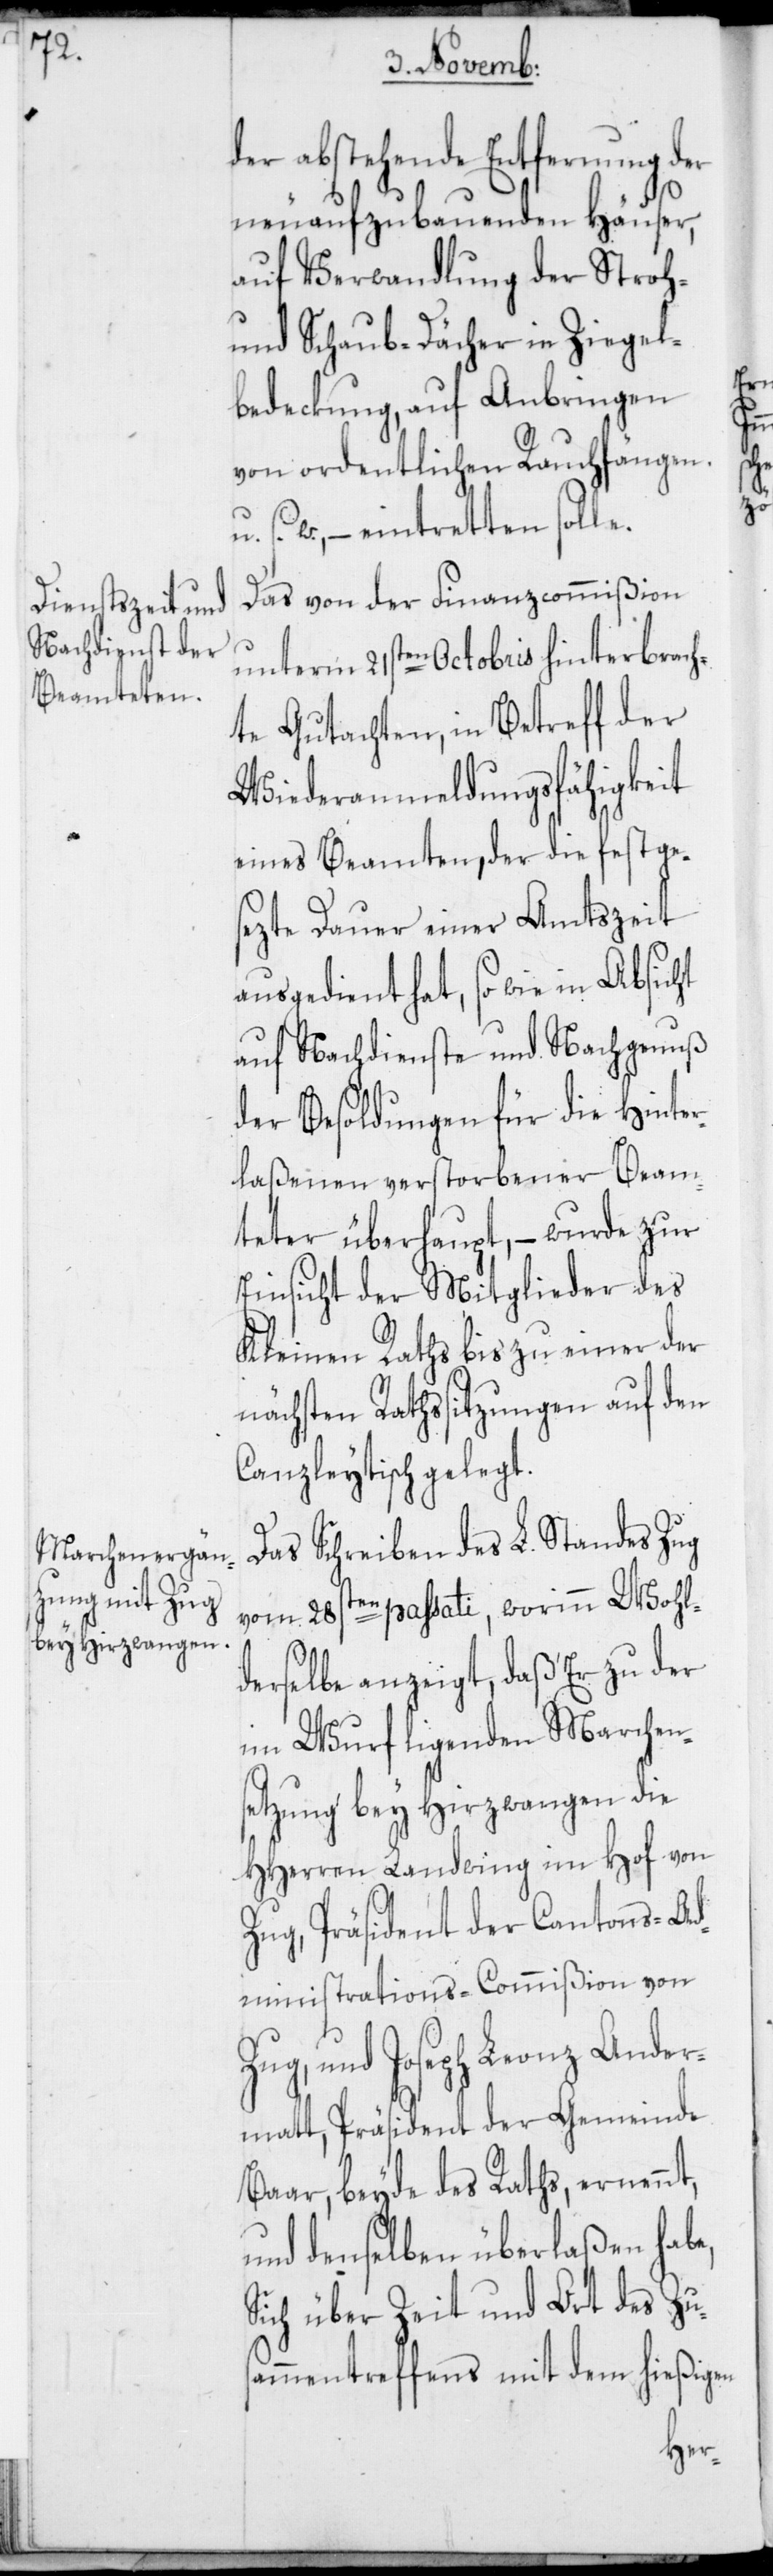
s¬

der abstehende Entfernung der
neuaufzubauenden Häuser,
auf Verwandlung der Stroh-
und Schaub-Dächer in Ziegel¬
bedeckung, auf Anbringen
von ordentlichen Rauchfängen
s. w., – eintretten solle.
Das von der Finanzcommißion
unterm 21sten Octobris hinterbrach¬
te Gutachten, in Betreff der
Wiederanmeldungsfähigkeit
eines Beamteten, der die festge¬
sezte Dauer einer Amtszeit
ausgedient hat, so wie in Absicht
auf Nachdienste und Nachgenuß
der Besoldungen für die Hinter¬
laßenen verstorbener Beam¬
teter überhaupt, – wurde zur
Einsicht der Mitglieder des
Kleinen Raths bis zu einer der
nächsten Rathssitzungen auf den
Canzleytisch gelegt.
Das Schreiben des L. Standes Zug
vom 28sten passati, worinn Wohl¬
derselbe anzeigt, daß Er zu der
im Wurf ligenden Marchen¬
etzung bey Hirzwangen die
HHerren Landwing im Hof von
Zug, Präsident der Cantons-Ad¬
ministrations-Commißion von
Zug, und Joseph Leonz Ander¬
matt, Präsident der Gemeinde
Baar, beyde des Raths, ernennt,
und denselben überlaßen habe,
Sich über Zeit und Ort des Zu¬
ammentreffens mit dem hießigen